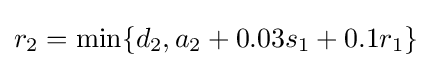
r_{2}=\min\{d_{2},a_{2}+0.03s_{1}+0.1r_{1}\}